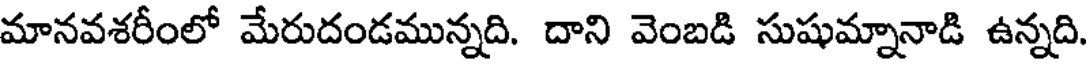
మానవశరీంలో మేరుదండమున్నది. దాని వెంబడి సుషుమ్నానాడి ఉన్నది.